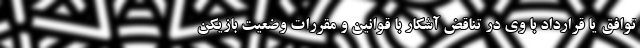
توافق یا قرارداد با وی در تناقض آشکار با قوانین و مقررات وضعیت بازیکن